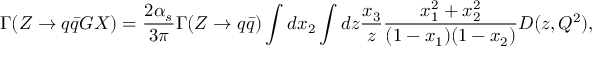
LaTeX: \Gamma ( Z \rightarrow q \bar { q } G X ) = { \frac { 2 \alpha _ { s } } { 3 \pi } } \Gamma ( Z \rightarrow q \bar { q } ) \int d x _ { 2 } \int d z { \frac { x _ { 3 } } { z } } { \frac { x _ { 1 } ^ { 2 } + x _ { 2 } ^ { 2 } } { ( 1 - x _ { 1 } ) ( 1 - x _ { 2 } ) } } D ( z , Q ^ { 2 } ) ,